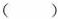
()